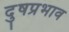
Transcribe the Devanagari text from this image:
दुषप्रभाव